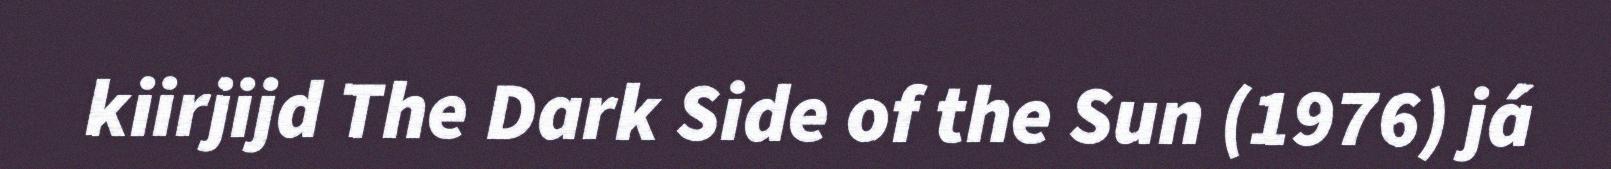
kiirjijd The Dark Side of the Sun (1976) já